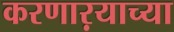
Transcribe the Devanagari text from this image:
करणाऱयाच्या